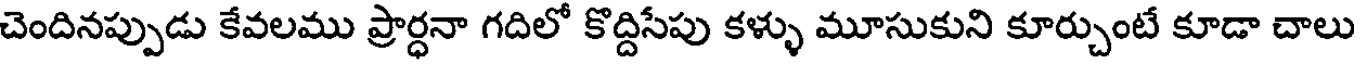
చెందినప్పుడు కేవలము ప్రార్ధనా గదిలో కొద్దిసేపు కళ్ళు మూసుకుని కూర్చుంటే కూడా చాలు